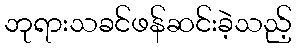
ဘုရားသခင်ဖန်ဆင်းခဲ့သည့်